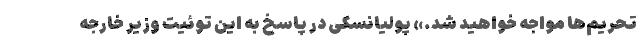
تحریم‌ها مواجه خواهید شد.» پولیانسکی در پاسخ به این توئیت وزیر خارجه